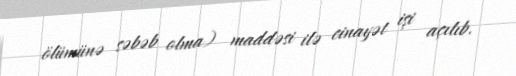
ölümünə səbəb olma) maddəsi ilə cinayət işi açılıb.